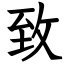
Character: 致